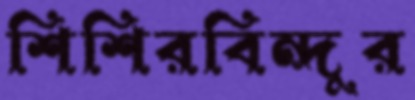
শিশিরবিন্দুর